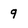
Character: 9